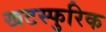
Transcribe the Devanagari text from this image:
खटस्फुरिक